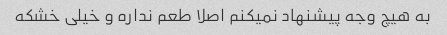
به هیچ وجه پیشنهاد نمیکنم اصلا طعم نداره و خیلی خشکه